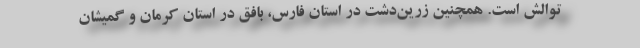
توالش است. همچنین زرین‌دشت در استان فارس، بافق در استان کرمان و گمیشان